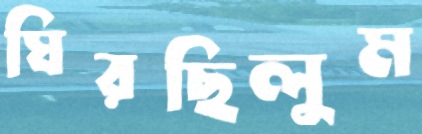
ঘিরছিলুম